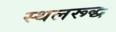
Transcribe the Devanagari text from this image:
स्थलरूद्ध